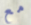
مع